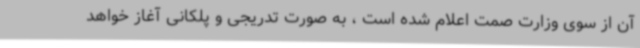
آن از سوی وزارت صمت اعلام شده است ، به صورت تدریجی و پلکانی آغاز خواهد